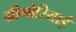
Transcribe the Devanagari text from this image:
ग्रीगोरियाई